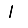
Digit: 1